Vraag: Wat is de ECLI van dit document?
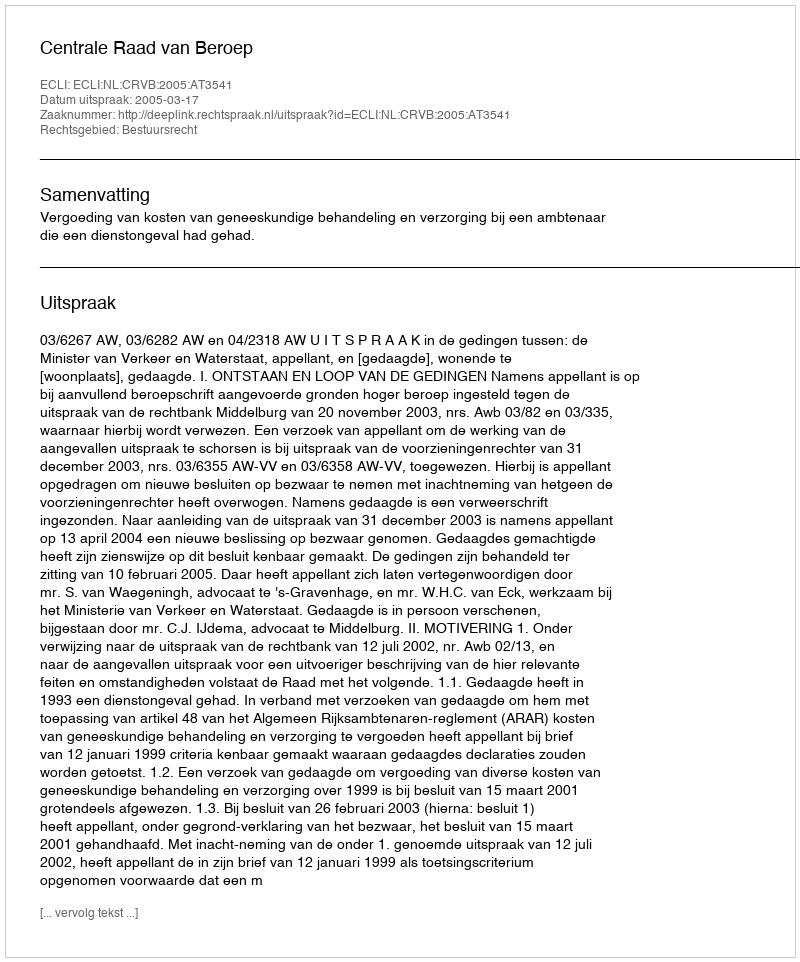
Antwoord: ECLI:NL:CRVB:2005:AT3541